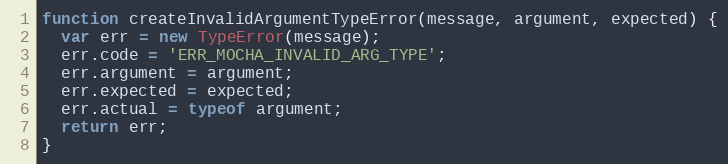
Language: JavaScript
function createInvalidArgumentTypeError(message, argument, expected) {
  var err = new TypeError(message);
  err.code = 'ERR_MOCHA_INVALID_ARG_TYPE';
  err.argument = argument;
  err.expected = expected;
  err.actual = typeof argument;
  return err;
}